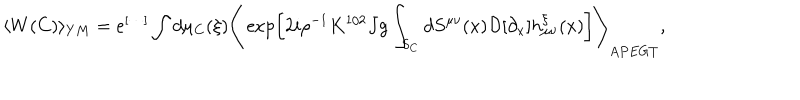
LaTeX: \langle W ( C ) \rangle _ { Y M } = e ^ { [ \cdots ] } \int d \mu _ { C } ( \xi ) \Biggr \langle \exp \left[ 2 i \rho ^ { - 1 } K ^ { 1 / 2 } J g \int _ { S _ { C } } d S ^ { \mu \nu } ( x ) { \cal D } [ \partial _ { x } ] h _ { \mu \nu } ^ { \xi } ( x ) \right] \Biggr \rangle _ { A P E G T } ,